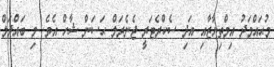
މުޙައްމަދު އިމްތިޔާޒާއި އަދި ސެކްރެޓަރީ ޖެނެރަލް ޙަސަން ޝާހް އެވެ. މި ބައްދަލް